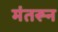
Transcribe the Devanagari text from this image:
मंतरून